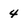
Character: 4